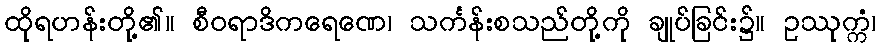
ထိုရဟန်းတို့၏။ စီဝရာဒိကရေဏေ၊ သင်္ကန်းစသည်တို့ကို ချုပ်ခြင်း၌။ ဥဿုက္ကံ၊